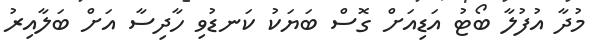
މުދާ އުފުލާ ބޯޓު އަޑިއަށް ގޮސް ބަޔަކު ކަނޑުވި ހާދިސާ އަށް ބަލާއިރު